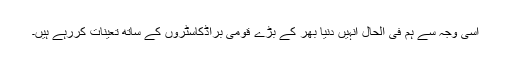
اسی وجہ سے ہم فی الحال انہیں دنیا بھر کے بڑے قومی براڈکاسٹروں کے ساتھ تعینات کررہے ہیں۔